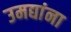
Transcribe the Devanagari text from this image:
उमद्यांना